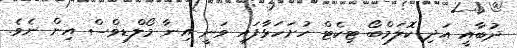
ދުބާއީ އަދި ކޮލަމްބޯ ޓިކެޓް ހުށަހަޅާފައި ވަނީ އިނާ މޯލްޑިވްސް އިން ނެވެ.